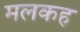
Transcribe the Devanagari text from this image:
मलकह